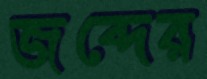
জব্দের